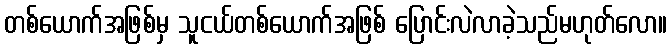
တစ်ယောက်အဖြစ်မှ သူငယ်တစ်ယောက်အဖြစ် ပြောင်းလဲလာခဲ့သည်မဟုတ်လော။